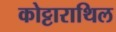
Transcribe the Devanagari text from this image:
कोट्टाराथिल